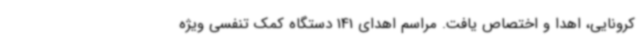
کرونایی، اهدا و اختصاص یافت. مراسم اهدای 141 دستگاه کمک تنفسی ویژه